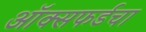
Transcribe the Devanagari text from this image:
ऑक्सफर्डचा